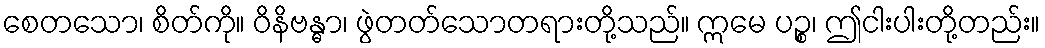
စေတသော၊ စိတ်ကို။ ဝိနိဗန္ဓာ၊ ဖွဲတတ်သောတရားတို့သည်။ ဣမေ ပဉ္စ၊ ဤငါးပါးတို့တည်း။